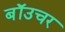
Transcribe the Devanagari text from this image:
बॉउचर